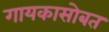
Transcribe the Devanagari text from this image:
गायकासोबत